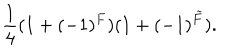
\frac { 1 } { 4 } ( 1 + ( - 1 ) ^ { F } ) ( 1 + ( - 1 ) ^ { \tilde { F } } ) .